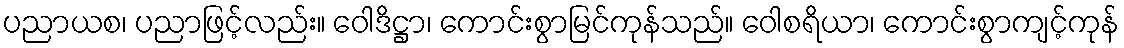
ပညာယစ၊ ပညာဖြင့်လည်း။ ဝေါဒိဋ္ဌာ၊ ကောင်းစွာမြင်ကုန်သည်။ ဝေါစရိယာ၊ ကောင်းစွာကျင့်ကုန်